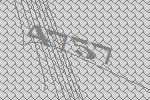
4757